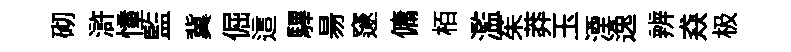
砌滸憧監冀倔這驆昜邃傭栢濫茱莽玉湮逸辨猋极